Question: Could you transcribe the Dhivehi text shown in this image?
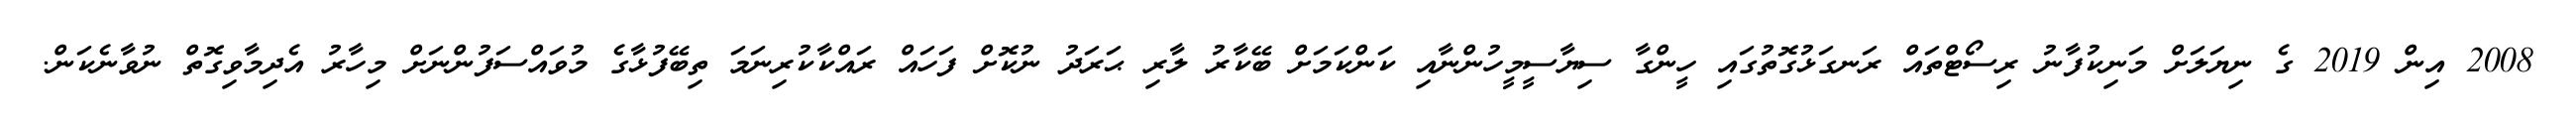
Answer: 2008 އިން 2019 ގެ ނިޔަލަށް މަނިކުފާނު ރިސޯޓްތައް ރަނގަޅުގޮތުގައި ހީންގާ ސިޔާސީމީހުންނާއި ކަންކަމަށް ބޭކާރު ލާރި ޙަރަދު ނުކޮށް ފަހައް ރައްކާކުރިނަމަ ތިބޭފުޅާގެ މުވައްސަފުންނަށް މިހާރު އެދިމާވިގޮތް ނުވާނެކަން.